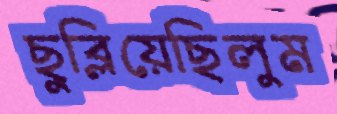
ছুব্‌লিয়েছিলুম